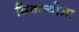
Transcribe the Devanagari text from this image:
दिक्त्योमा